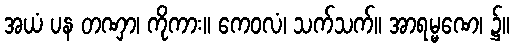
အယံ ပန တဏှာ၊ ကိုကား။ ကေဝလံ၊ သက်သက်။ အာရမ္မဏေ၊ ၌။